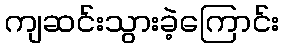
ကျဆင်းသွားခဲ့ကြောင်း